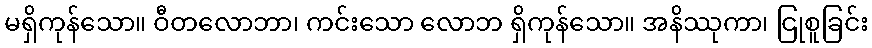
မရှိကုန်သော။ ဝီတလောဘာ၊ ကင်းသော လောဘ ရှိကုန်သော။ အနိဿုကာ၊ ငြုစူခြင်း